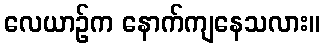
လေယာဉ်က နောက်ကျနေသလား။